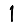
Digit: 1